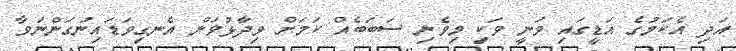
އަދި އެކަމުގެ އަޑީގައި ވަނީ ވަކި މިވެނި ސަބަބެއް ކަމަށް ވިދާޅުވަން އެނގިވަޑައިނުގަންނަވާ